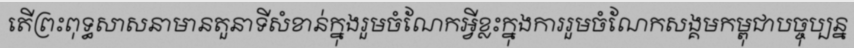
តើព្រះពុទ្ធសាសនាមានតួនាទីសំខាន់ក្នុងរួមចំណែកអ្វីខ្លះក្នុងការរួមចំណែកសង្គមកម្ពុជាបច្ចុប្បន្ន